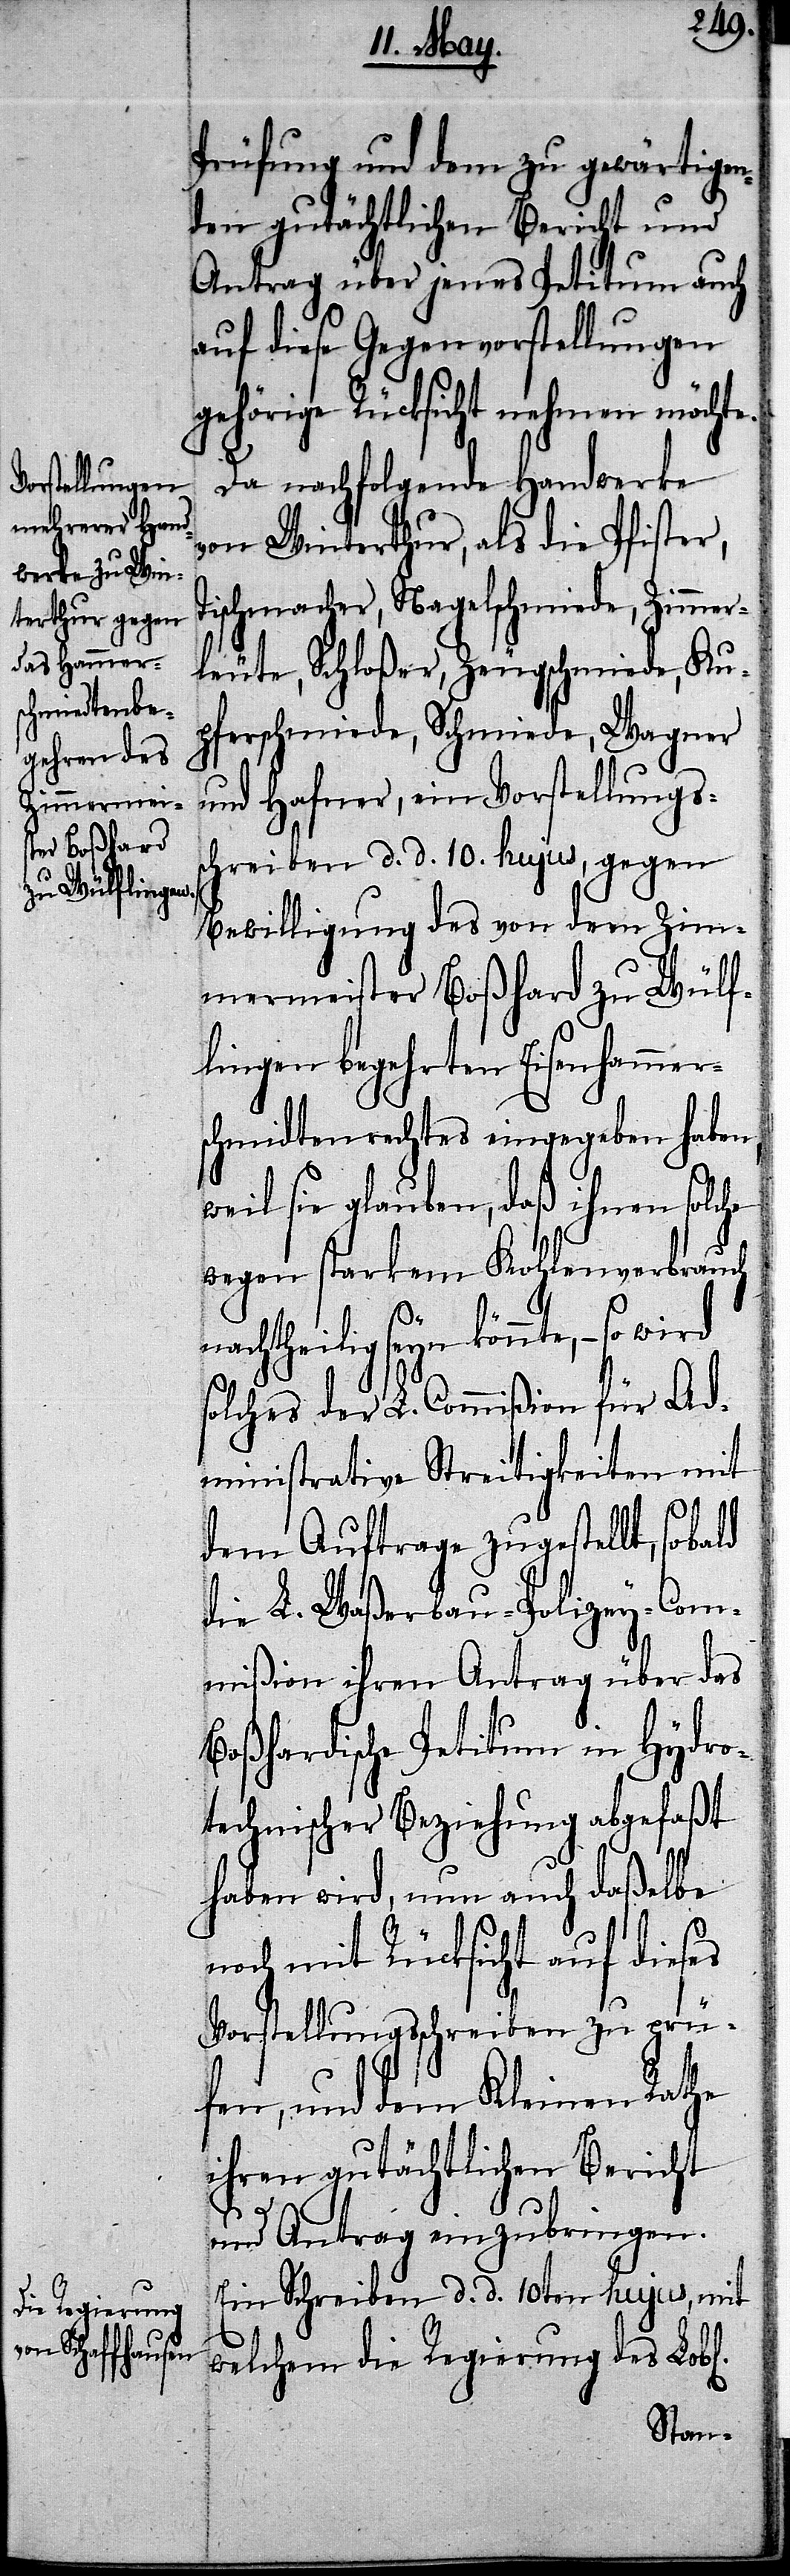
chen]
Prüfung und dem zu gewärtigen¬
den gutächtlichen Bericht und
Antrag über jenes Petitum auch
auf diese Gegenvorstellungen
gehörige Rücksicht nehmen
Da nachfolgende Handwerke
von Winterthur, als die Pfister,
schmacher, Nagelschmiede, Zimme¬
rleute, Schloßer, Zeugschmiede, Kup¬
ferschmiede, Schmiede, Wagner
und Hafner, ein Vorstellungss¬
chreiben d. d. 10. hujus, gegen
Bewilligung des von dem Zim¬
mermeister Boßhard zu Wülf¬
lingen begehrten Eisenhammer¬
schmidtenrechtes eingegeben haben,
weil sie glauben, daß ihnen solche
wegen starkem Kohlenverbrauch
nachtheilig seyn könnte, – so wird
solches der L. Commißion für Ad¬
ministrative Streitigkeiten mit
dem Auftrage zugestellt, sobald
die L. Waßerbau-Polizey-Com¬
mißion ihren Antrag über das
Boßhardische Petitum in Hydro¬
technischer Beziehung abgefaßt
haben wird, nun auch daßelbe
noch mit Rücksicht auf dieses
Vorstellungsschreiben zu prü¬
fen, und dem Kleinen Rathe
ihren gutächtlichen Bericht
und Antrag einzubringen.
Ein Schreiben d. d. 10ten hujus, mit
welchem die Regierung des Lob¬